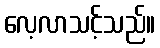
လေ့လာသင့်သည်။